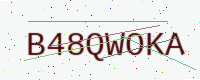
Text: B48QWOKA